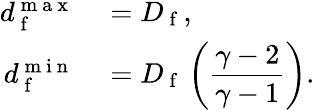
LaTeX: \begin{array}{rl}{d_{\mathrm{~f~}}^{\mathrm{~m~a~x~}}}&{{}=D_{\mathrm{~f~}},}\\ {d_{\mathrm{~f~}}^{\mathrm{~m~i~n~}}}&{{}=D_{\mathrm{~f~}}\left(\displaystyle\frac{\gamma-2}{\gamma-1}\right).}\end{array}